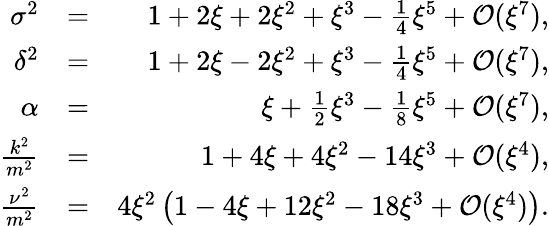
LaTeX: \begin{array}{rlr}{\sigma^{2}}&{=}&{1+2\xi+2\xi^{2}+\xi^{3}-\frac{1}{4}\xi^{5}+{\cal O}(\xi^{7}),}\\ {\delta^{2}}&{=}&{1+2\xi-2\xi^{2}+\xi^{3}-\frac{1}{4}\xi^{5}+{\cal O}(\xi^{7}),}\\ {\alpha}&{=}&{\xi+\frac{1}{2}\xi^{3}-\frac{1}{8}\xi^{5}+{\cal O}(\xi^{7}),}\\ {\frac{k^{2}}{m^{2}}}&{=}&{1+4\xi+4\xi^{2}-14\xi^{3}+{\cal O}(\xi^{4}),}\\ {\frac{\nu^{2}}{m^{2}}}&{=}&{4\xi^{2}\left(1-4\xi+12\xi^{2}-18\xi^{3}+{\cal O}(\xi^{4})\right).}\end{array}